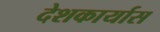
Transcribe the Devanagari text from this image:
देशकार्यास